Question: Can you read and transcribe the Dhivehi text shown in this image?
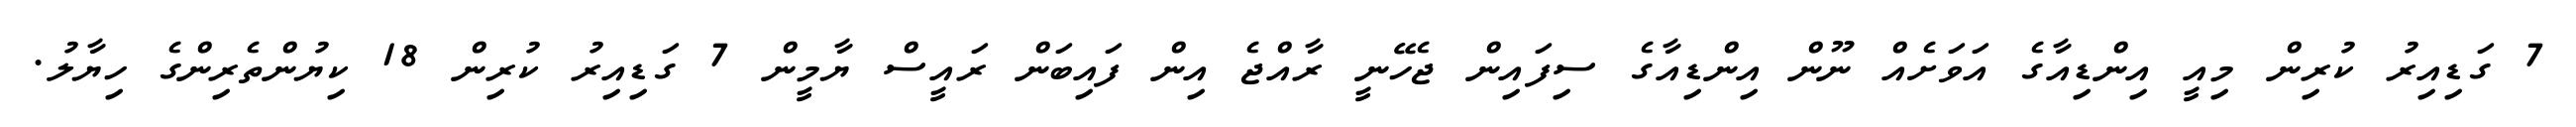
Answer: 7 ގަޑިއިރު ކުރިން މިއީ އިންޑިއާގެ އަވަށެއް ނޫން އިންޑިއާގެ ސިފައިން ޖެހޭނީ ރާއްޖެ އިން ފައިބަން ރައީސް ޔާމީން 7 ގަޑިއިރު ކުރިން 18 ކިޔުންތެރިންގެ ހިޔާލު.